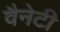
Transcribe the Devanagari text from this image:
वैनेटी